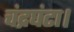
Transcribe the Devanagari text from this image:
चंद्रघंटा।